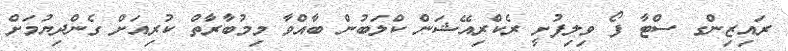
ރައިޒިންގ ސްޓާ ފޯ ވިލިފުށީ ރެކްރިއޭޝަން ކްލަބުން ބާއްވާ މިމުބާރާތް ކުރިއަށް ގެންދިޔުމަށް